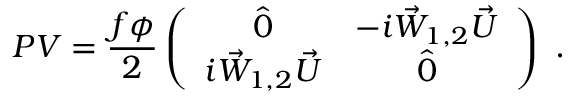
P V = \frac { f \phi } { 2 } \left( \begin{array} { c c } { { \hat { 0 } } } & { { - i \vec { W } _ { 1 , 2 } \vec { U } } } \\ { { i \vec { W } _ { 1 , 2 } \vec { U } } } & { { \hat { 0 } } } \end{array} \right) ~ .